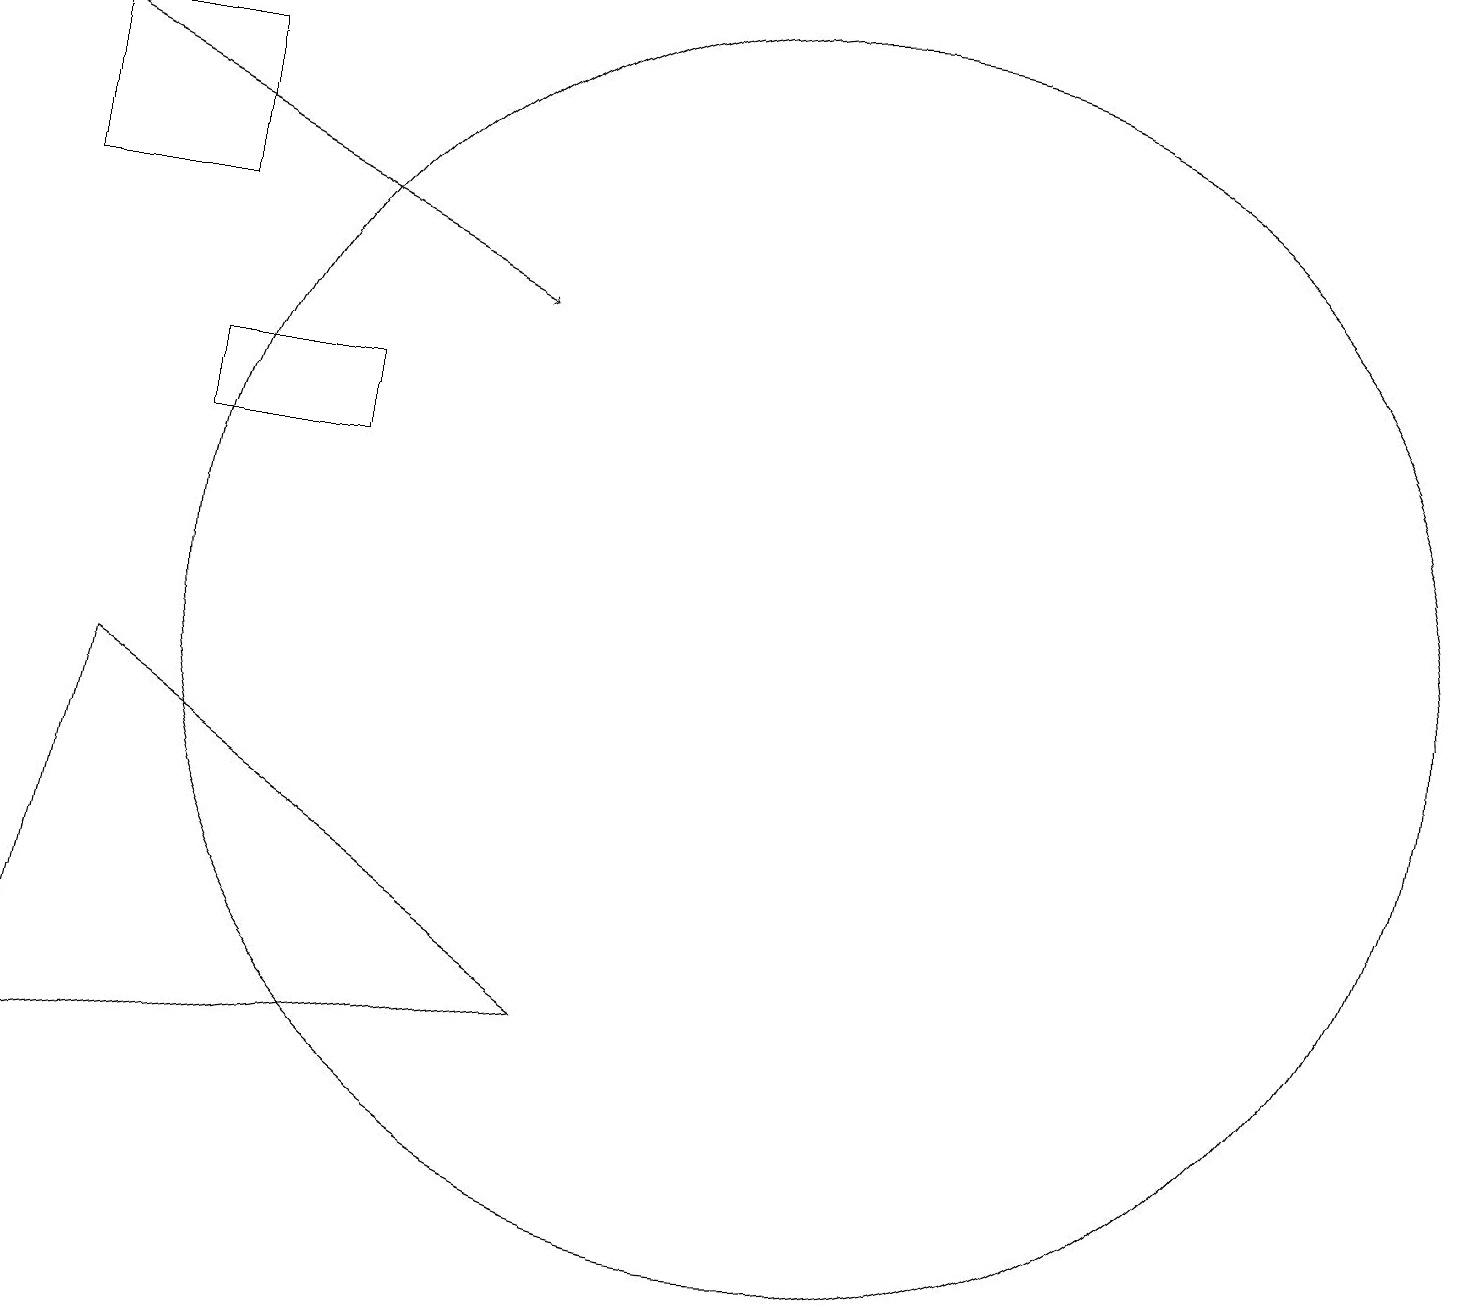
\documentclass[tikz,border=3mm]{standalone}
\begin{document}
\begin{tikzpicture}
\draw (6,12) rectangle (4,13);
\draw (2,15) rectangle (4,17);
\draw (9,5) -- (3,9) -- (2,4) -- cycle;
\draw[->] (2,17) -- (8,14);
\draw (12,10) circle (8);
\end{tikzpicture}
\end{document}